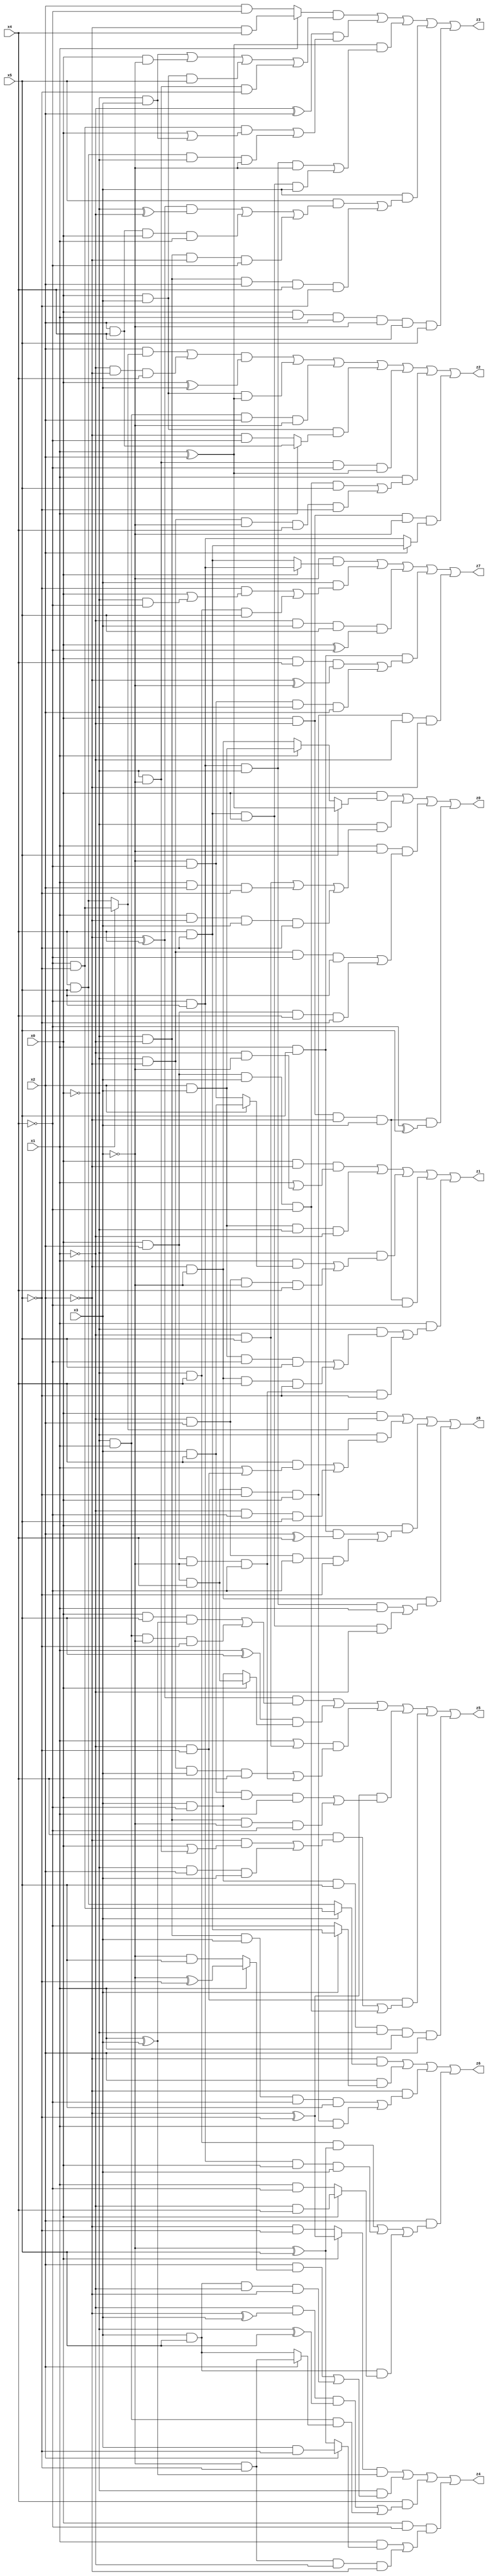
// Benchmark "X_24" written by ABC on Mon Jun 05 23:00:55 2023

module X_24 ( 
    x0, x1, x2, x3, x4, x5,
    z0, z1, z2, z3, z4, z5, z6, z7, z8  );
  input  x0, x1, x2, x3, x4, x5;
  output z0, z1, z2, z3, z4, z5, z6, z7, z8;
  assign z0 = (x0 & (x5 ? (x1 ^ x2) : (x1 ? (x2 & x3) : (~x2 & ~x3)))) | (~x0 & ((~x1 & x5) | (x1 & x2 & ~x5) | (x1 & ~x2 & x3 & ~x5))) | (x1 & ~x3 & ((~x0 & ~x2 & ~x4 & x5) | (x0 & x2 & x4 & ~x5))) | (x0 & ~x1 & ~x2 & x3 & (~x4 ^ x5));
  assign z1 = (x0 & ~x2 & (x1 | (~x1 & ~x3))) | (x2 & x3 & ~x0 & ~x1) | (~x0 & ((x1 & (x2 ? (x3 & x4) : (~x3 & ~x4))) | (~x1 & x2 & ~x3 & x4))) | (x0 & ~x1 & ~x2 & x3 & ~x4) | (x1 & ((~x0 & ((x2 & x3 & ~x4 & x5) | (~x2 & ~x3 & x4 & ~x5))) | (x0 & x2 & ~x3 & ~x4 & ~x5)));
  assign z2 = (((x2 & (x1 ? (~x4 & ~x5) : (x4 & x5))) | (~x1 & ~x2 & x4)) & (x0 ^ x3)) | (x0 & x3 & (x1 ^ x2)) | (~x0 & x1 & x2 & ~x3) | (x0 & x3 & (x1 ? (x2 & x4) : (~x2 & ~x4))) | (~x0 & ~x3 & ~x4 & (x1 ^ x2)) | (x1 & ((x0 & x2 & x3 & ~x4 & x5) | (~x0 & ~x2 & ~x3 & x4 & ~x5))) | (x0 & ~x1 & ~x3 & (x2 ? (x4 & ~x5) : (~x4 & x5)));
  assign z3 = ((x1 ? (~x2 & x4) : (x2 & ~x4)) & ((~x0 & x3) | (x0 & ~x3) | (x0 & x3 & x5) | (~x0 & ~x3 & ~x5))) | ((~x1 ^ x2) & ((~x4 & ~x5 & (x0 | (~x0 & x3))) | (x4 & x5 & ~x0 & ~x3))) | ((x1 ^ x2) & ((~x4 & x5 & ~x0 & ~x3) | (x4 & ~x5 & x0 & x3))) | (x3 & ((x5 & (((~x2 ^ x4) & (~x0 ^ ~x1)) | (x2 & x4 & x0 & x1) | (~x0 & ~x1 & ~x2 & ~x4))) | (~x0 & ~x1 & x2 & x4 & ~x5))) | (x0 & x1 & x2 & ~x3 & x4 & x5);
  assign z4 = ((x0 ? (~x2 ^ ~x5) : (~x2 & ~x5)) & (x1 ^ x3)) | (~x0 & ((x2 & (x1 ? (~x3 ^ ~x5) : (~x3 & x5))) | (x3 & x5 & ~x1 & ~x2))) | (x4 & ((~x1 & (~x2 ^ x3) & (~x0 ^ x5)) | (~x0 & x1 & (x2 ? (~x3 & ~x5) : (x3 & x5))))) | (x0 & ~x4 & ((x1 & (x2 ? (x3 & ~x5) : (~x3 ^ x5))) | (~x3 & ~x5 & ~x1 & ~x2)));
  assign z5 = ((~x2 ^ x4) & ((x0 & x5 & (x1 ^ x3)) | (~x0 & x1 & ~x3 & ~x5))) | ((x1 ^ x5) & (x0 ? (~x3 & x4) : (x3 & ~x4))) | ((x1 | (~x1 & x5)) & ((~x0 & ~x2 & x3 & x4) | (x0 & x2 & ~x3 & ~x4))) | ((~x2 ^ ~x5) & ((x3 & x4 & x0 & x1) | (~x0 & ~x1 & ~x3 & ~x4))) | (~x1 & ~x5 & ((x4 & ((~x2 & (x0 | (~x0 & ~x3))) | (~x0 & x2 & x3))) | (x0 & x2 & x3 & ~x4))) | (x3 & ~x4 & x5 & ~x0 & x1 & x2);
  assign z6 = (~x2 & (x3 ? (~x4 & ~x5) : (x4 & x5))) | (x2 & (x3 ? (x4 & ~x5) : ~x4)) | (~x2 & ((~x0 & ~x1 & x3 & ~x4 & x5) | (~x3 & x4 & ~x5 & x0 & x1))) | (x2 & ((~x0 & x4 & (~x3 ^ x5)) | (~x4 & x5 & x0 & x3) | (x3 & x5 & (x0 ? (~x1 & x4) : (x1 & ~x4)))));
  assign z7 = (~x3 & (x0 ? (~x4 & x5) : (x4 & ~x5))) | (x3 & ((~x5 & (x0 | (~x0 & ~x4))) | (~x0 & x4 & x5))) | (~x1 & x3 & x5 & (x0 ^ ~x4)) | (x1 & x5 & ((x0 & x4 & (~x2 ^ ~x3)) | (~x3 & ~x4 & ~x0 & x2))) | (~x3 & x4 & ~x5 & x0 & ~x1 & ~x2);
  assign z8 = (x0 & (x1 ? (~x4 & ~x5) : (x4 & x5))) | (~x0 & ((x4 & (x1 | (~x1 & ~x5))) | (~x1 & ~x4 & x5))) | (x0 & ((x1 & x5 & (x2 ^ x4)) | (~x1 & x2 & ~x4 & ~x5))) | (~x2 & ~x3 & ((~x4 & x5 & ~x0 & x1) | (x4 & ~x5 & x0 & ~x1)));
endmodule